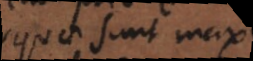
(quae sunt maxime